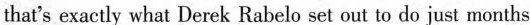
that's exactly what Derek Rabelo set out to do just months